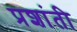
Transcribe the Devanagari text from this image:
प्रशांती